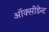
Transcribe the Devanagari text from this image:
ऑक्सीडेन्ट